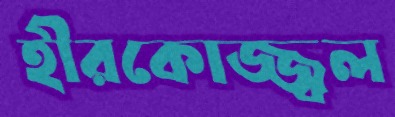
হীরকোজ্জ্বল